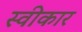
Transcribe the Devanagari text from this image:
स्वीेकार